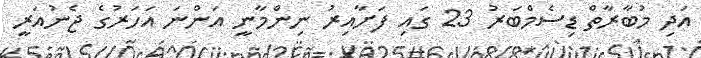
އަދި މުބާރާތް ޑިސެމްބަރު 23 ގައި ފަށާއިރު ނިންމާނީ އަންނަ އަހަރުގެ ޖެނުއަރީ